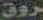
روق